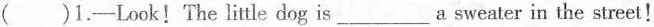
( )1.-Look! The little dog is ___ a sweater in the street!